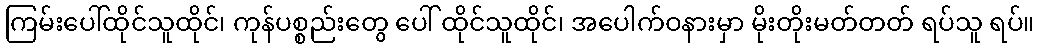
ကြမ်းပေါ်ထိုင်သူထိုင်၊ ကုန်ပစ္စည်းတွေ ပေါ် ထိုင်သူထိုင်၊ အပေါက်ဝနားမှာ မိုးတိုးမတ်တတ် ရပ်သူ ရပ်။